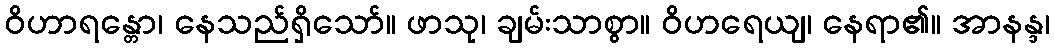
ဝိဟာရန္တော၊ နေသည်ရှိသော်။ ဖာသု၊ ချမ်းသာစွာ။ ဝိဟရေယျ၊ နေရာ၏။ အာနန္ဒ၊